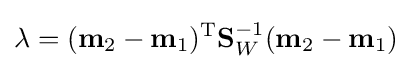
\lambda =(\mathbf {m} _{2}-\mathbf {m} _{1})^{\text{T}}\mathbf {S} _{W}^{-1}(\mathbf {m} _{2}-\mathbf {m} _{1})